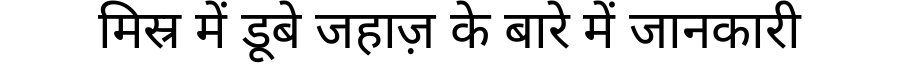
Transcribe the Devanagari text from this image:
मिस्र में डूबे जहाज़ के बारे में जानकारी